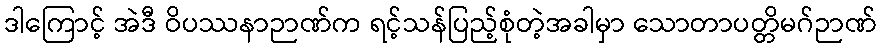
ဒါကြောင့် အဲဒီ ဝိပဿနာဉာဏ်က ရင့်သန်ပြည့်စုံတဲ့အခါမှာ သောတာပတ္တိမဂ်ဉာဏ်